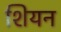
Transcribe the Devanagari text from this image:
शियन